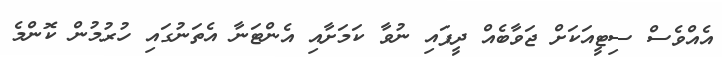
އެއްވެސް ސިޓީއަކަށް ޖަވާބެއް ދީފައި ނުވާ ކަމަށާއި އެންޓަނާ އެތަނުގައި ހުރުމުން ކޮންމެ